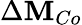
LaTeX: \Delta\mathbf{M}_{Co}